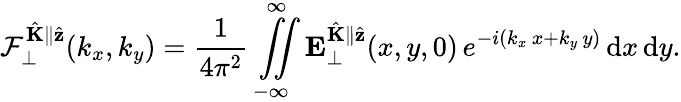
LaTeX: \mathcal{F}_{\perp}^{\hat{\mathbf{K}}\parallel\hat{\mathbf{z}}}(k_{x},k_{y})=\frac{1}{4\pi^{2}}\overset{\infty}{\underset{-\infty}{\iint}}\mathbf{E}_{\perp}^{\hat{\mathbf{K}}\parallel\hat{\mathbf{z}}}(x,y,0)\, e^{-i(k_{x}\, x+k_{y}\, y)}\, \mathrm{d}x\, \mathrm{d}y.